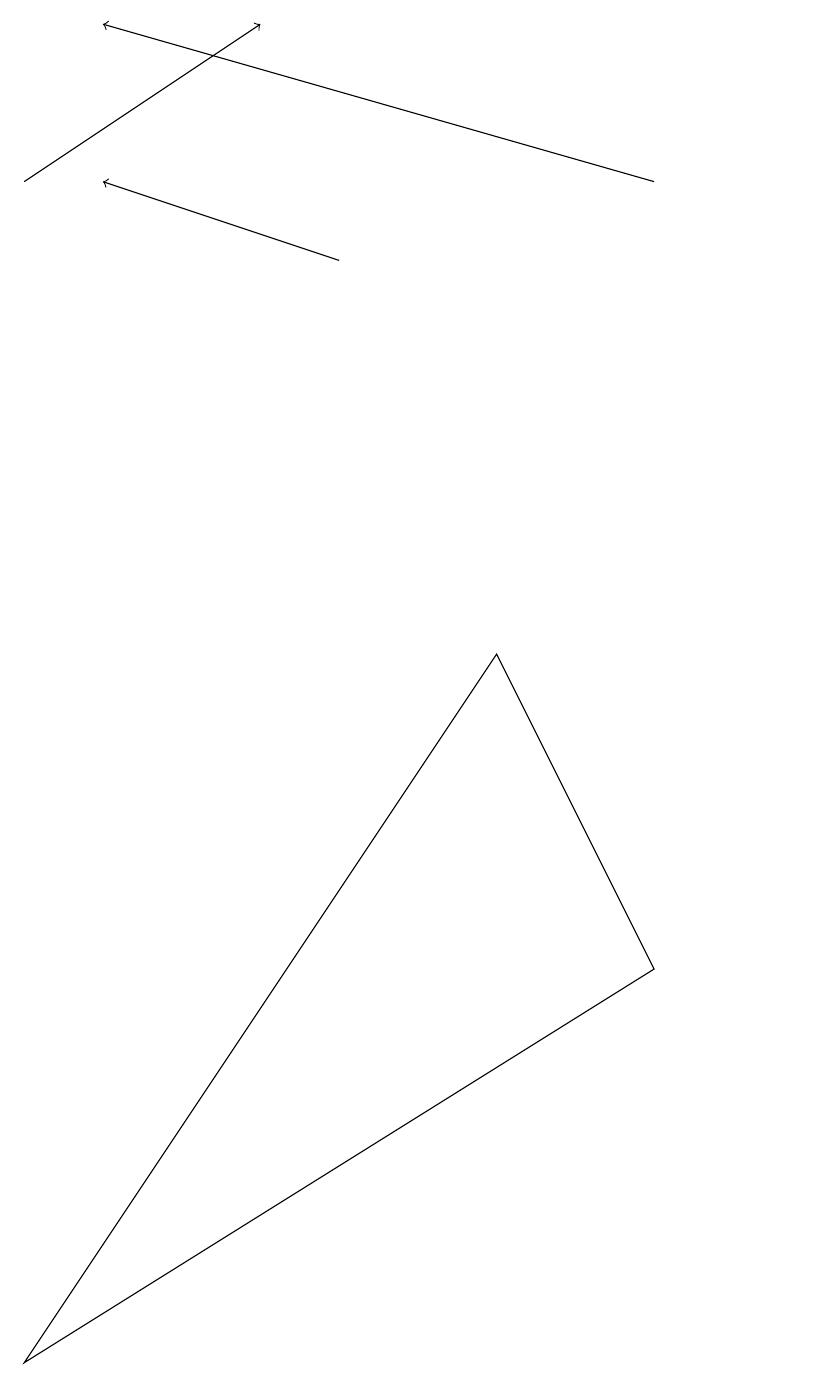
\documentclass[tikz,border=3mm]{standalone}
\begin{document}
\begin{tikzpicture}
\draw[->] (0,15) -- (3,17);
\draw[->] (4,14) -- (1,15);
\draw (10,12) circle (0);
\draw (0,0) -- (6,9) -- (8,5) -- cycle;
\draw[->] (8,15) -- (1,17);
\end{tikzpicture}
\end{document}